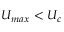
U _ { m a x } < U _ { c }